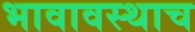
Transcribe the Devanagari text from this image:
भावावस्थाच